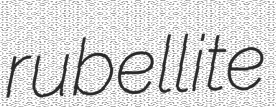
rubellite